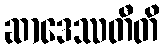
ဆာဒေဿတီတိ